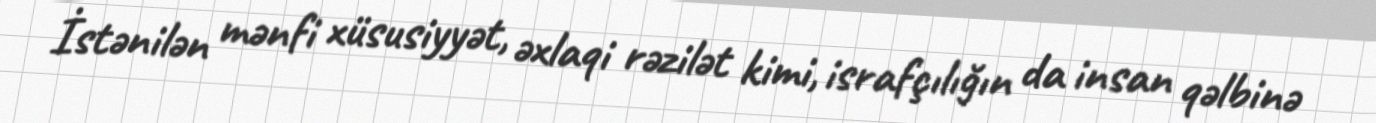
İstənilən mənfi xüsusiyyət, əxlaqi rəzilət kimi, israfçılığın da insan qəlbinə